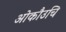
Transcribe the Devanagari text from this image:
ओकौउचि